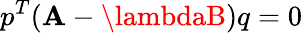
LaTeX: p^{T}(\mathbf{A}-\lambdaB)q=0